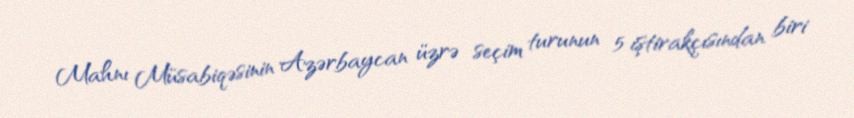
Mahnı Müsabiqəsinin Azərbaycan üzrə seçim turunun 5 iştirakçısından biri